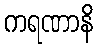
ကရဏာနိ